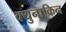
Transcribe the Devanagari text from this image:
क्युनाक्रिन